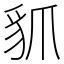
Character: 䝖